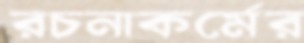
রচনাকর্মের